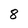
Character: 8